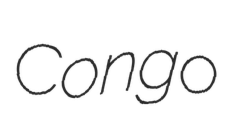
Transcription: Congo